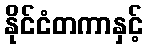
နိုင်ငံတကာနှင့်